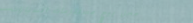
محل بيع مستلزمات السيارات